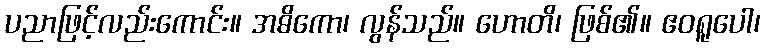
ပညာဖြင့်လည်းကောင်း။ အဓိကော၊ လွန်သည်။ ဟောတိ၊ ဖြစ်၏။ ဧဝရူပေါ၊